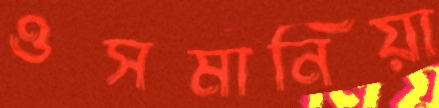
ওসমানিয়া